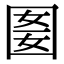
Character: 𡇭